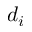
d _ { i }